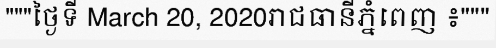
"""ថ្ងៃទី March 20, 2020រាជធានីភ្នំពេញ ៖"""